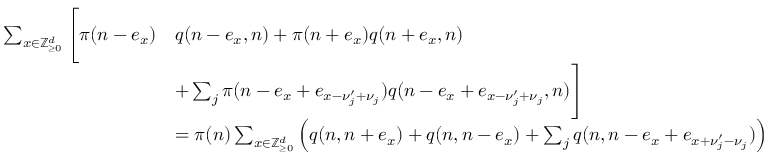
\begin{array} { r l } { \sum _ { x \in \mathbb Z _ { \ge 0 } ^ { d } } \Bigg [ \pi ( n - e _ { x } ) } & { q ( n - e _ { x } , n ) + \pi ( n + e _ { x } ) q ( n + e _ { x } , n ) } \\ & { + \sum _ { j } \pi ( n - e _ { x } + e _ { x - \nu _ { j } ^ { \prime } + \nu _ { j } } ) q ( n - e _ { x } + e _ { x - \nu _ { j } ^ { \prime } + \nu _ { j } } , n ) \Bigg ] } \\ & { = \pi ( n ) \sum _ { x \in \mathbb Z _ { \ge 0 } ^ { d } } \left( q ( n , n + e _ { x } ) + q ( n , n - e _ { x } ) + \sum _ { j } q ( n , n - e _ { x } + e _ { x + \nu _ { j } ^ { \prime } - \nu _ { j } } ) \right) } \end{array}